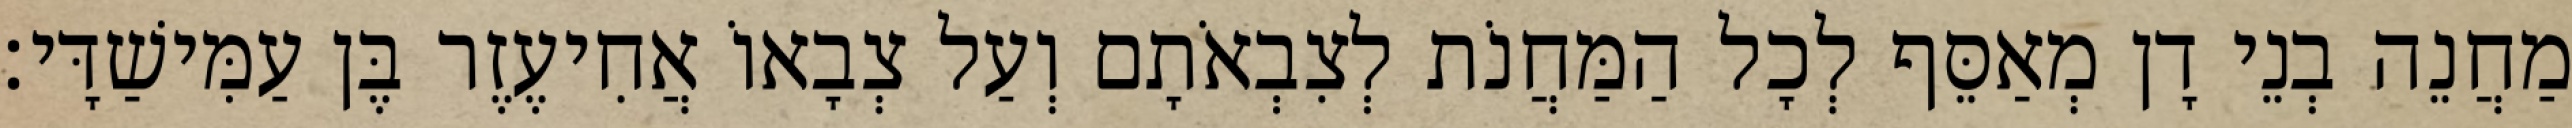
מַחֲנֵה בְנֵי דָן מְאַסֵּף לְכָל הַמַּחֲנֹת לְצִבְאֹתָם וְעַל צְבָאוֹ אֲחִיעֶזֶר בֶּן עַמִּישַׁדָּי׃